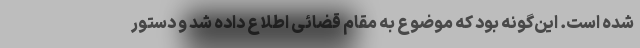
شده است. این‌گونه بود که موضوع به مقام قضائی اطلاع داده شد و دستور